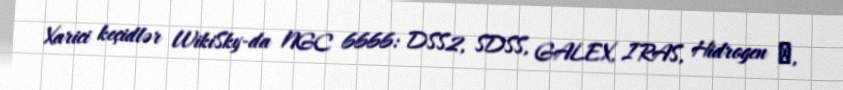
Xarici keçidlər WikiSky-da NGC 6666: DSS2, SDSS, GALEX, IRAS, Hidrogen α,